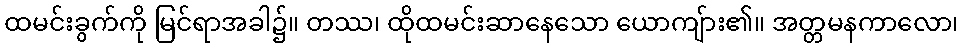
ထမင်းခွက်ကို မြင်ရာအခါ၌။ တဿ၊ ထိုထမင်းဆာနေသော ယောကျ်ား၏။ အတ္တမနကာလော၊